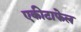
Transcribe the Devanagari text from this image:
एकीटाफेल